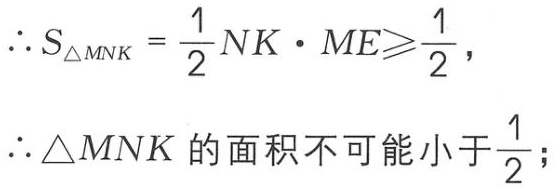
\(\therefore S_{\triangle MNK}=\frac{1}{2}NK\cdot ME\geqslant\frac{1}{2},\)
\(\therefore \triangle MNK\text{ 的面积不可能小于}\frac{1}{2};\)